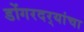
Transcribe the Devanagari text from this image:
डोंगरदर्‍यांचा